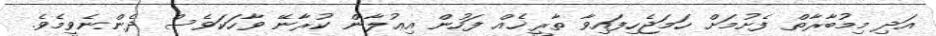
އަދި މިމުބާރާތް ފެށުމަށް ހަމަޖެހިފައިވާ ތާރީޚެއް ފަހުން އިޢުލާން ކުރާނޭ ވާހަކަވެސް ދެންނެވީމެވެ.